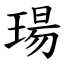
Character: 瑒